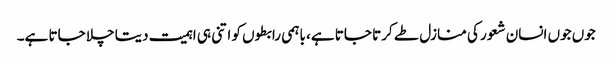
جوں جوں انسان شعور کی منازل طے کرتا جاتا ہے، باہمی رابطوں کو اتنی ہی اہمیت دیتا چلا جاتا ہے۔